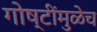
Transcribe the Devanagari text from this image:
गोष्टींमुळेच